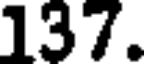
137.